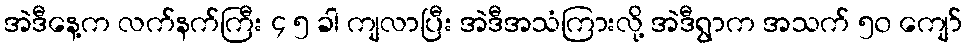
အဲဒီနေ့က လက်နက်ကြီး ၄ ၅ ခါ ကျလာပြီး အဲဒီအသံကြားလို့ အဲဒီရွာက အသက် ၅၀ ကျော်